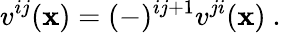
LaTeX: v^{ij}(\mathbf{x})=(-)^{ij+1}v^{ji}(\mathbf{x})\ .